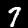
Label: 7